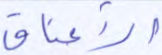
الأعناق